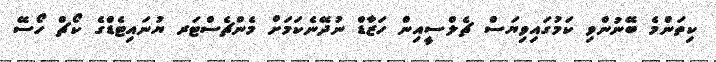
ކިތަންމެ ބޭނުންވި ކަމުގައިވިޔަސް ޗެލްސީއިން ހަޒާޑް ނުދޭނެކަމަށް މެންޗެސްޓަރ ޔުނައިޓެޑްގެ ކޯޗް ހޯސޭ